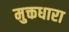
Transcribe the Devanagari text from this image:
मुक्तधारा